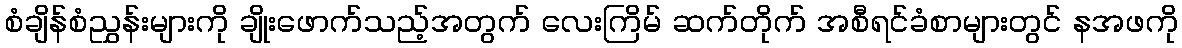
စံချိန်စံညွှန်းများကို ချိုးဖောက်သည့်အတွက် လေးကြိမ် ဆက်တိုက် အစီရင်ခံစာများတွင် နအဖကို